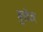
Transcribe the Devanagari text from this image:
बुरोज